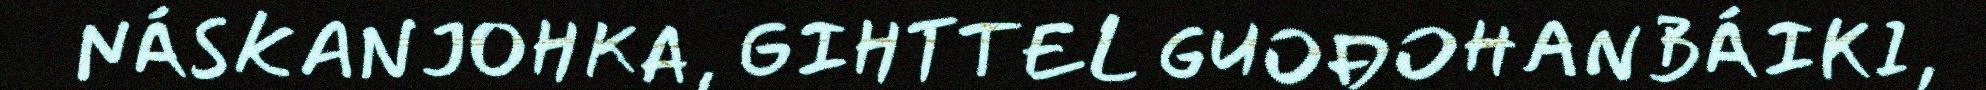
NÁSKANJOHKA, GIHTTEL GUOĐOHANBÁIKI,